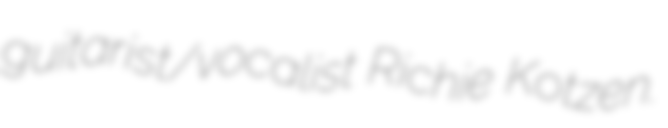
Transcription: guitarist/vocalist Richie Kotzen.